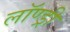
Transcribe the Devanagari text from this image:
लॉण्ड्री